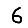
Digit: 6